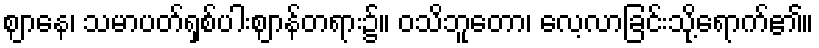
ဈာနေ၊ သမာပတ်ရှစ်ပါးဈာန်တရား၌။ ဝသိဘူတော၊ လေ့လာခြင်းသို့ရောက်၏။